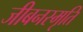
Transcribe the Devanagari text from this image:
जीबनस्मृति